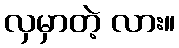
လှမှာတဲ့ လား။